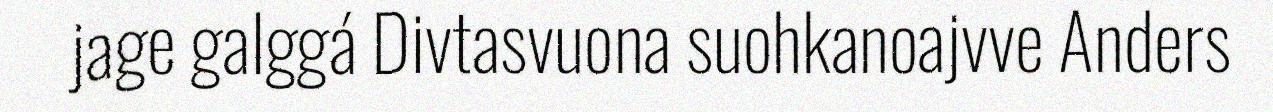
jage galggá Divtasvuona suohkanoajvve Anders